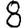
Digit: 8